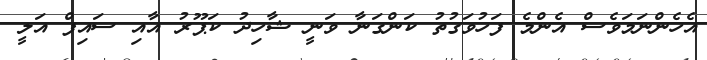
އެހެންނަމަވެސް އެންމެ ފަހުވަގުތު ކަންގަނާ ވަނީ ޝާހިދު ކަޕޫރު އާއި ސައިފް އަލީ